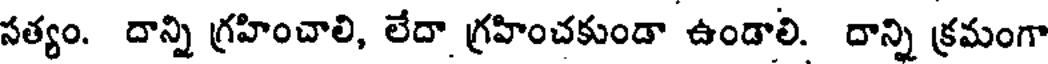
సత్యం. దాన్ని గ్రహించాలి, లేదా. గ్రహించకుండా ఉండాలి. దాన్ని క్రమంగా